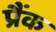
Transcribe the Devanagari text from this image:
प्रैंक